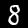
Digit: 8